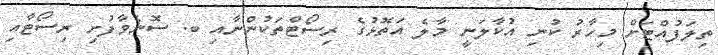
ތިލަފުއްޓަށް މިހާރު ކުނި އުކާލަނީ މާލެ އަތޮޅުގެ ރިސޯޓްތަކުންނާއި ބ. ސޮނެވާފުށި ރިސޯޓާއި